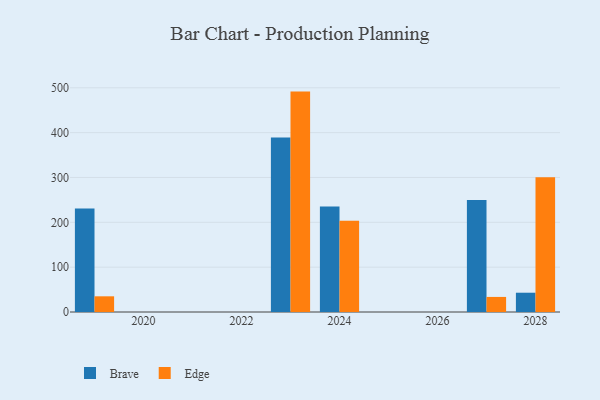
{"axis": {"x": "Year", "y": "LTV (USD)"}, "legend": ["Brave", "Edge"], "data": [{"x": "2027", "y": 249.6, "type": "Brave"}, {"x": "2027", "y": 33.6, "type": "Edge"}, {"x": "2028", "y": 43.0, "type": "Brave"}, {"x": "2028", "y": 300.3, "type": "Edge"}, {"x": "2023", "y": 389.2, "type": "Brave"}, {"x": "2023", "y": 491.5, "type": "Edge"}, {"x": "2024", "y": 235.0, "type": "Brave"}, {"x": "2024", "y": 203.4, "type": "Edge"}, {"x": "2019", "y": 230.6, "type": "Brave"}, {"x": "2019", "y": 35.0, "type": "Edge"}]}